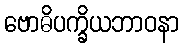
ဗောဓိပက္ခိယဘာဝနာ